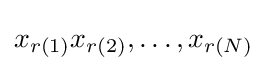
x_{r(1)}x_{r(2)},\dots ,x_{r(N)}